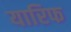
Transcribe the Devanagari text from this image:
यारिफ